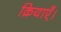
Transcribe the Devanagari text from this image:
क्रियाएँ।